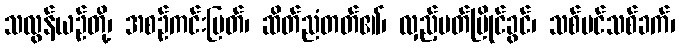
သလွန်ယဉ်တို့၊ အစဉ်ကင်းပြတ်၊ ဆိတ်ညံတတ်၏၊ လှည့်ပတ်မြိုင်ခွင်၊ သစ်ပင်သစ်ခက်၊